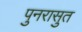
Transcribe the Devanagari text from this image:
पुनरासुत